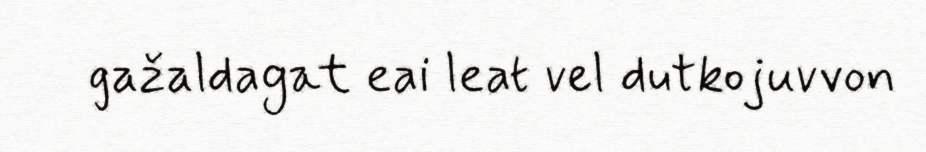
gažaldagat eai leat vel dutkojuvvon